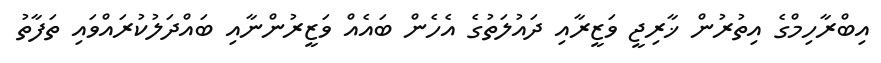
އިބްރާހިމްގެ އިތުރުން ޚާރިޖީ ވަޒީރާއި ދައުލަތުގެ އެހެން ބައެއް ވަޒީރުންނާއި ބައްދަލުކުރައްވައި ތަފާތު